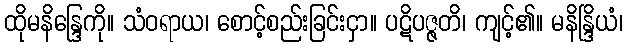
ထိုမနိန္ဒြေကို။ သံဝရာယ၊ စောင့်စည်းခြင်းငှာ။ ပဋိပဇ္ဇတိ၊ ကျင့်၏။ မနိန္ဒြိယံ၊